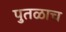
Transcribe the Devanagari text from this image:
पुतळाच